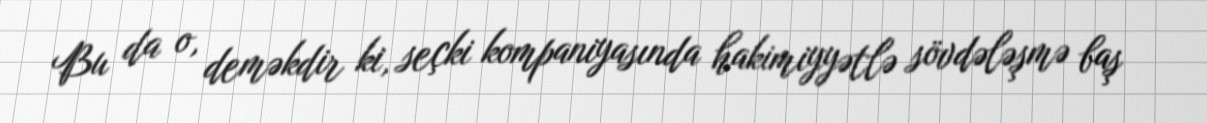
Bu da o, deməkdir ki, seçki kompaniyasında hakimiyyətlə sövdələşmə baş